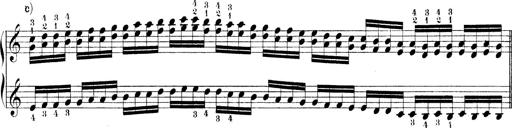
Title: Technische Studien
Composer: Franz Liszt